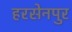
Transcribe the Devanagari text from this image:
हरसेनपुर